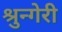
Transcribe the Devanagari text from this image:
श्रुन्गेरी